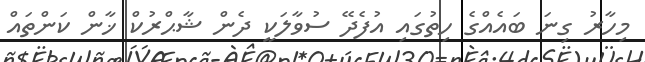
މިހާރު ގިނަ ބައެއްގެ ހިތުގައި އުފެދޭ ސުވާލަކީ ދެން ޝާޙްރުކް ޚާން ކަންތައް